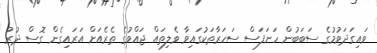
ވައިގަދަވުމުގެ ސަބަބުން ހަނަފަސް ސަހަރާތަކުގައިވާ ވެލިތައް ޖައްވުގެ ތެރެއަށް އަރައިގެން ގޮސް ދުރު